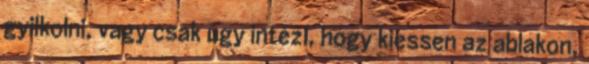
gyilkolni, vagy csak úgy intézi, hogy kiessen az ablakon,